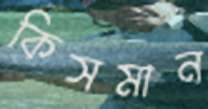
কিসমান